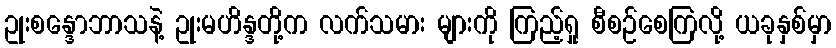
ဥုးစန္ဒောဘာသနဲ့ ဥုးမဟိန္ဒတို့က လက်သမား များကို ကြည့်ရှု စီစဉ်စေကြလို့ ယခုနှစ်မှာ